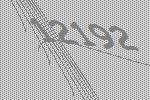
12192